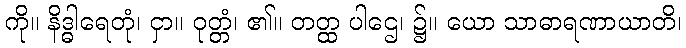
ကို။ နိဒ္ဓါရေတုံ၊ ငှာ။ ဝုတ္တံ၊ ၏။ တတ္ထ ပါဌေ၊ ၌။ ယော သာဓာရဏာယာတိ၊